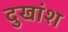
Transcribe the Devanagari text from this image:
दुखांश